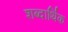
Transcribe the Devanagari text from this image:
शब्दार्थिक